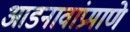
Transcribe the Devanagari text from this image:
आडनावांप्रमाणे